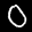
Label: 0